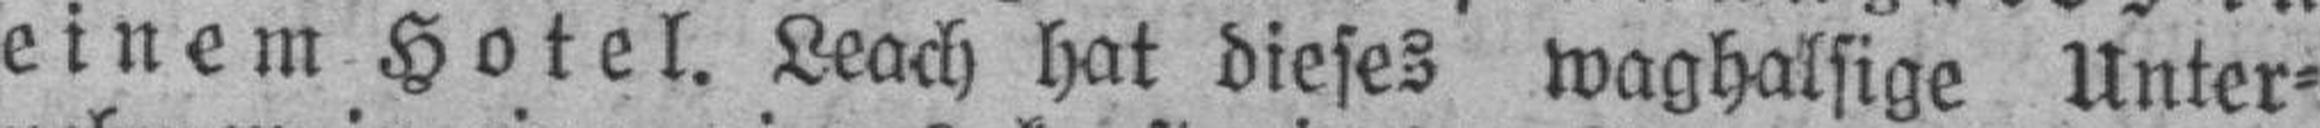
einem Hotel. Leach hat dieses waghalsige Unter¬